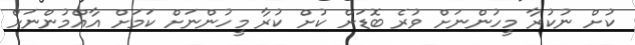
ކުށް ނުކުރާ މީހުންނަށް ވުރެ ބޮޑަށް ކުށް ކުރާ މީހުންނަށް ކަމަށް އާއްމުންނަށް